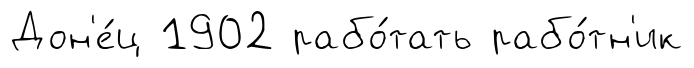
Дон'е́ц 1902 рабо́тать рабо́тн'ик